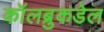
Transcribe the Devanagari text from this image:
कॉलब्रुकडेल